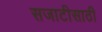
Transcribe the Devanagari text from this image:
सजाटीसाठी